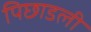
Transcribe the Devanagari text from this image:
पिछाडली